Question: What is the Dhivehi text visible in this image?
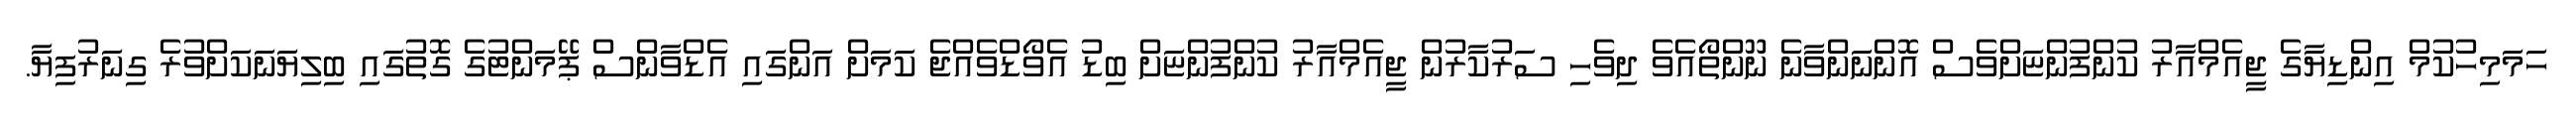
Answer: ހަމަމިހުކުމް އިންޑިޔާގެ ޖީއެމްއާރު ކުންފުންޏަށްވެސް އޮންނަންވާނެ ނޫންތޯއެވެ ދިވެހި ސަރުކާރުން ޖީއެމްއާރު ކުންފުންޏަށް ބިޑު އެވޯޑްވެއްޖެ ކަމަށް އަންގައި އެޑްވާންސް ޕޭމަންޓުގެ ގޮތުގައި ބިލިޔަނަކަށްވުރެ ގިނަރުފިޔާ.